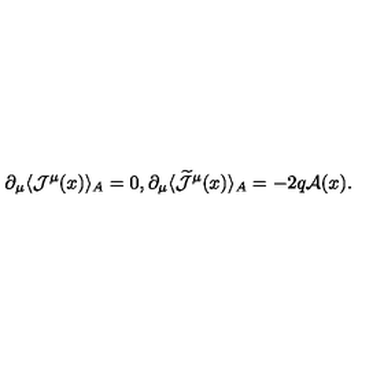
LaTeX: \partial _ { \mu } \langle { \mathcal J } ^ { \mu } ( x ) \rangle _ { A } = 0 , \partial _ { \mu } \langle \widetilde { { \mathcal J } } ^ { \mu } ( x ) \rangle _ { A } = - 2 q { \mathcal A } ( x ) .